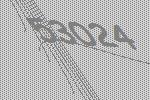
53024